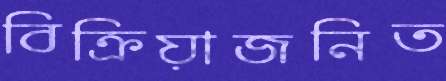
বিক্রিয়াজনিত